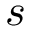
s